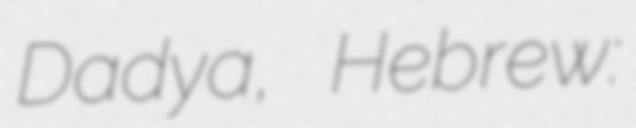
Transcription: Dadya, Hebrew: